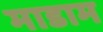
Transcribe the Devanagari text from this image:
माडाम